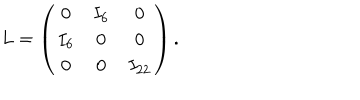
L = \left( \begin{array} { c c c } { { 0 } } & { { I _ { 6 } } } & { { 0 } } \\ { { I _ { 6 } } } & { { 0 } } & { { 0 } } \\ { { 0 } } & { { 0 } } & { { I _ { 2 2 } } } \\ \end{array} \right) .